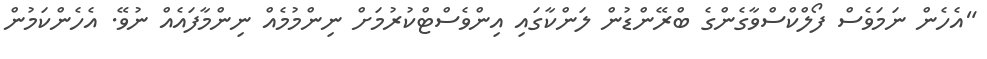
"އެހެން ނަމަވެސް ފޯލްކްސްވާގެންގެ ބްރޭންޑުން ލަންކާގައި އިންވެސްޓްކުރުމަށް ނިންމުމެއް ނިންމާފައެއް ނުވޭ. އެހެންކަމުން